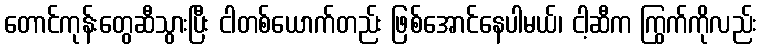
တောင်ကုန်းတွေဆီသွားပြီး ငါတစ်ယောက်တည်း ဖြစ်အောင်နေပါမယ်၊ ငါ့ဆီက ကြွက်ကိုလည်း